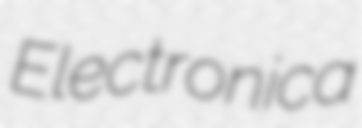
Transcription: Electronica